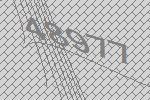
48977